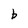
Character: b